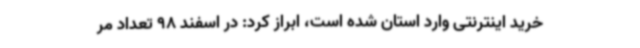
خرید اینترنتی وارد استان شده است، ابراز کرد: در اسفند 98 تعداد مر